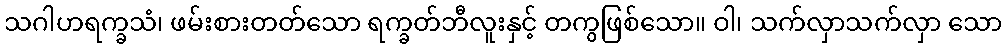
သဂါဟရက္ခသံ၊ ဖမ်းစားတတ်သော ရက္ခတ်ဘီလူးနှင့် တကွဖြစ်သော။ ဝါ၊ သက်လှာသက်လှာ သော